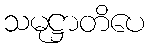
သမုဋ္ဌာတိပေ